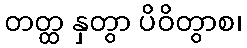
တတ္ထ နှတွာ ပိဝိတွာစ၊